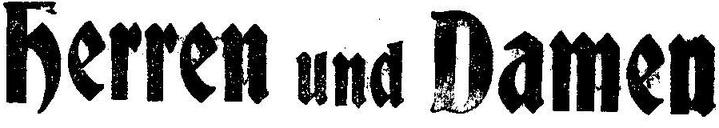
Herren und Damen